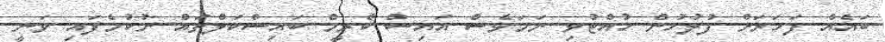
ބައެއް ފަހަރަށް ފުލުހުން ހުއްޓުވި ނަމަވެސް އައިސް ކްރީމް ބައިސްކަލްތައް ނުކުމެފައި ވަނީ